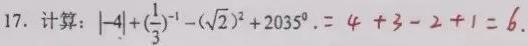
17. 计算：$\vert -4\vert +(\frac{1}{3})^{-1}-(\sqrt{2})^{2}+2035^{0}=4 + 3 - 2 + 1 = 6.$